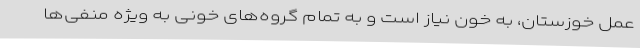
عمل خوزستان، به خون نیاز است و به تمام گروه‌های خونی به ویژه منفی‌ها